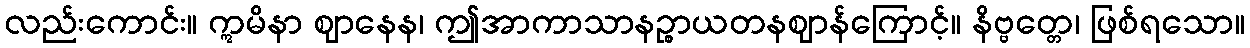
လည်းကောင်း။ ဣမိနာ ဈာနေန၊ ဤအာကာသာနဉ္စာယတနဈာန်ကြောင့်။ နိဗ္ဗတ္တေ၊ ဖြစ်ရသော။